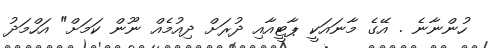
ހުންނާނެ . އޭގެ މާނައަކީ ޕާޓީއާއި ދުރަށް ދިއުމެއް ނޫން ކަމަށް" އަހްމަދު